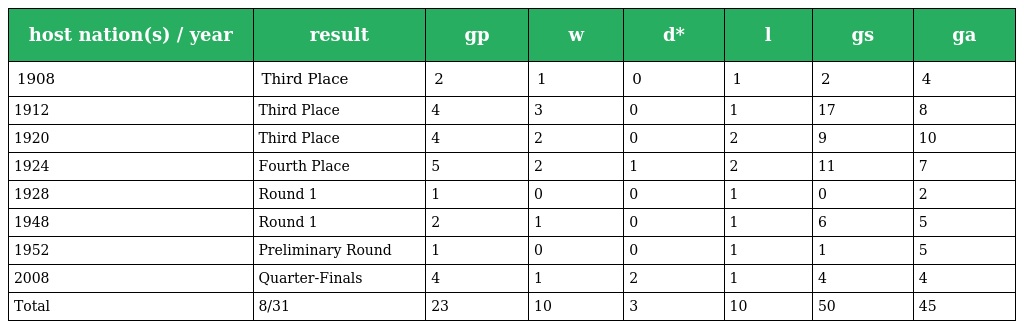
| host nation(s) / year | result | gp | w | d* | l | gs | ga |
 | --- | --- | --- | --- | --- | --- | --- | --- |
 | 1908 | Third Place | 2 | 1 | 0 | 1 | 2 | 4 |
 | 1912 | Third Place | 4 | 3 | 0 | 1 | 17 | 8 |
 | 1920 | Third Place | 4 | 2 | 0 | 2 | 9 | 10 |
 | 1924 | Fourth Place | 5 | 2 | 1 | 2 | 11 | 7 |
 | 1928 | Round 1 | 1 | 0 | 0 | 1 | 0 | 2 |
 | 1948 | Round 1 | 2 | 1 | 0 | 1 | 6 | 5 |
 | 1952 | Preliminary Round | 1 | 0 | 0 | 1 | 1 | 5 |
 | 2008 | Quarter-Finals | 4 | 1 | 2 | 1 | 4 | 4 |
 | Total | 8/31 | 23 | 10 | 3 | 10 | 50 | 45 |